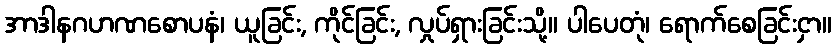
အာဒါနဂဟဏစောပနံ၊ ယူခြင်း, ကိုင်ခြင်း, လှုပ်ရှားခြင်းသို့။ ပါပေတုံ၊ ရောက်စေခြင်းငှာ။